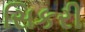
સિકરી